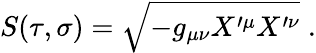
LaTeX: S(\tau,\sigma)=\sqrt{-g_{\mu\nu}X^{\prime\mu}X^{\prime\nu}}\; .